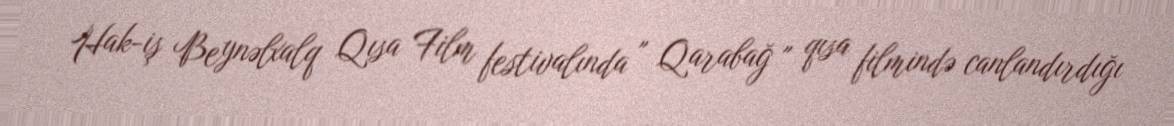
Hak-iş Beynəlxalq Qısa Film festivalında " Qarabağ " qısa filmində canlandırdığı